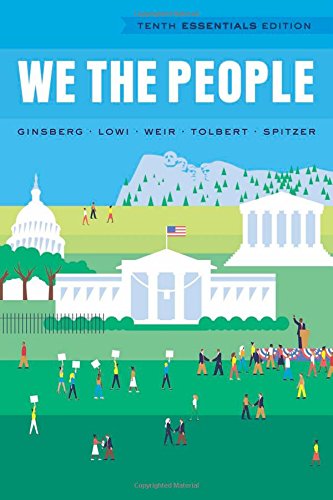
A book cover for We the People (Tenth Essentials Edition); Benjamin Ginsberg; Politics & Social Sciences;